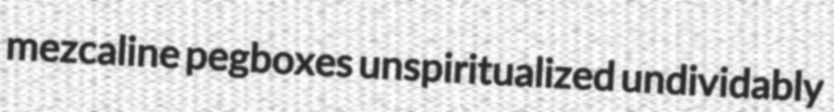
mezcaline pegboxes unspiritualized undividably